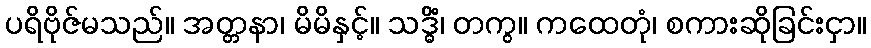
ပရိဗိုဇ်မသည်။ အတ္တနာ၊ မိမိနှင့်။ သဒ္ဓိံ၊ တကွ။ ကထေတုံ၊ စကားဆိုခြင်းငှာ။